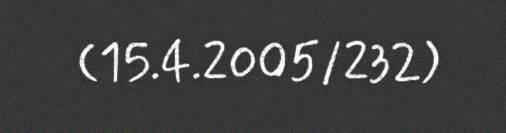
(15.4.2005/232)